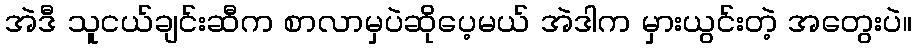
အဲဒီ သူငယ်ချင်းဆီက စာလာမှပဲဆိုပေ့မယ် အဲဒါက မှားယွင်းတဲ့ အတွေးပဲ။